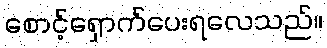
စောင့်ရှောက်ပေးရလေသည်။